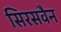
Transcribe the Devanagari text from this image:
सिरसवैन